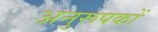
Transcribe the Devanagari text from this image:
अनुरूपकों